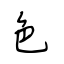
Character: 色